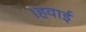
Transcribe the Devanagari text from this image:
।हवाई